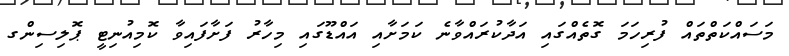
މަސައްކަތްތައް ފުރިހަމަ ގޮތެއްގައި އަދާކުރައްވާނެ ކަމަށާއި އައްޑޫގައި މިހާރު ފަށާފައިވާ ކޮމިއުނިޓީ ޕޮލިސިންގ